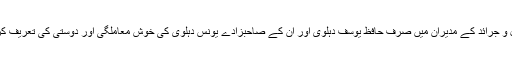
ادبی رسائل و جرائد کے مدیران میں صرف حافظ یوسف دہلوی اور ان کے صاحبزادے یونس دہلوی کی خوش معاملگی اور دوستی کی تعریف کرتے تھے۔